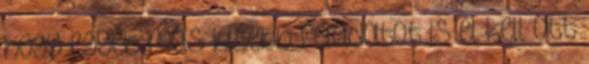
hogy egyéb más kisebb feladatot is el kell ott